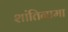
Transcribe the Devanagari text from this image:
शांतिनामा